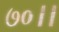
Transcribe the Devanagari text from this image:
७०।।